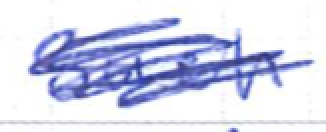
Text: such
Cross-out: mix
Writing tool: ballpoint